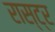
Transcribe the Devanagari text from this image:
रास्ट्र